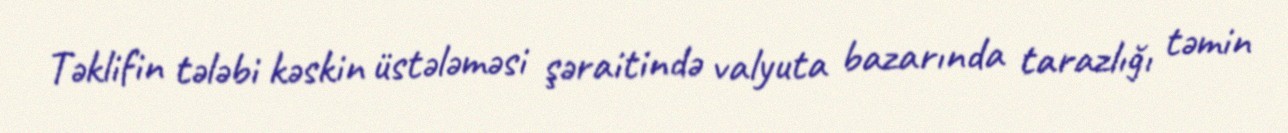
Təklifin tələbi kəskin üstələməsi şəraitində valyuta bazarında tarazlığı təmin